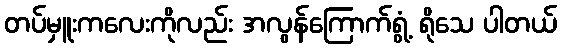
တပ်မှူးကလေးကိုလည်း အလွန်ကြောက်ရွံ့ ရိုသေ ပါတယ်